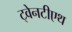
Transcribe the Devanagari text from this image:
ट्वेनटीएथ